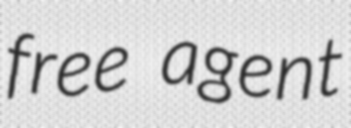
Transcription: free agent